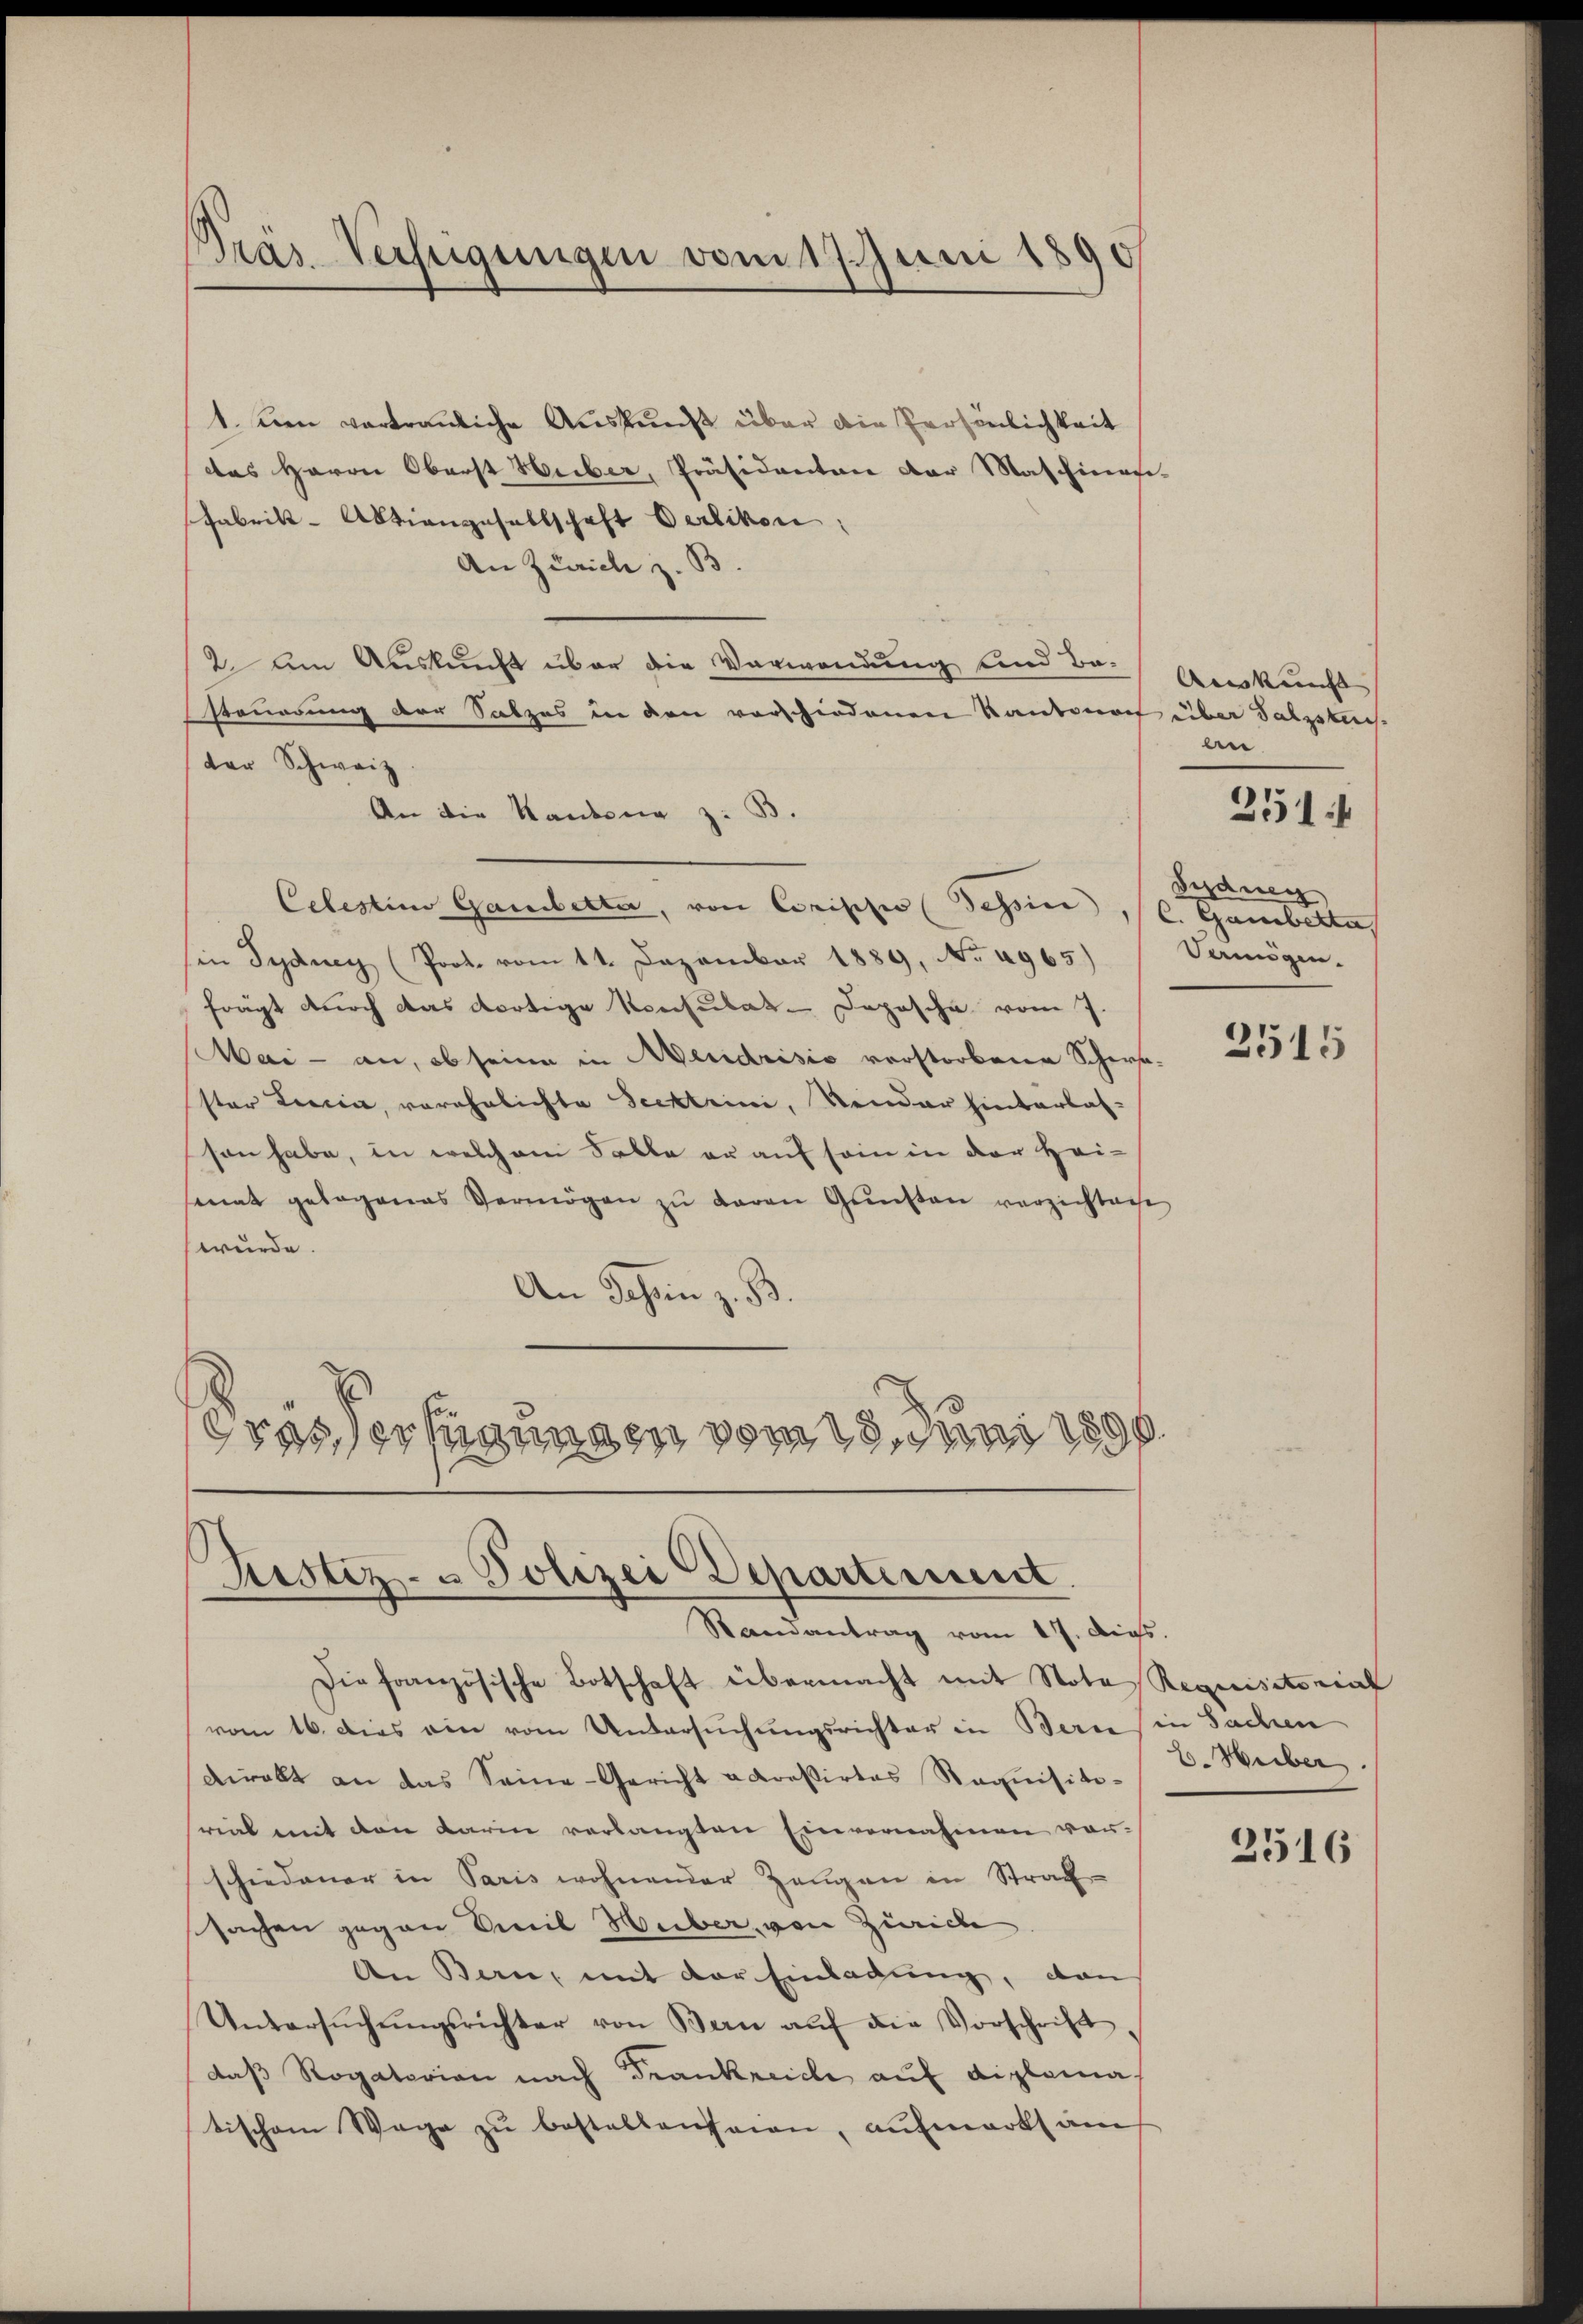
Pras Verfügungen vom 17. Juni 1890

1. Den vertrauliche Auskunft über die Persönlichkeit
des Herrn Oberst Huber, Präsidenten der Maschinasi-
Fabrik- Aktiengesellschaft Oerlikon
An Zürich z. B
2 am Auskunft über die Verwendung und Ba-
steuerung der Satzes in den vorschiedenen Kantonat über Salzstich
der Schweiz.
An die Kantone z. B.
Celestimo Gambetta, von Corische (Schön, (C. Gambettas
in Sydney (Prot. vom 11. Dezember 1889, No 4965) Vermögen.
frägt durch das dortige Konsulat Depesche vom 7.
Mai - an, ob seine in Meridrisis verstorbene Schersster Leccia, verehelichte Seektrini, Sendar hinterlasson habe, in welchem Falle er auf sein in der Heisenat gelegenes Vermögen zŭ daran Gunsten verzichten
wurde.
An Jahren z. B.
Grässerfügungen vom 18. Juni 1890.

Justiz- & Polizei Departement.
Randantrag vom 17. dies.

Die französische Botschaft übermacht mit Note Requisitorial
vom 16. Dies ein vom Untersuchungsrichter in Bern in Sachen
sdirekt an das Seine-Gericht adreßirtes Requisitisrial mit den darin verlangten Einvernahmen vorschiedener in Paris wohnender Zeugen in Straf-
sachen gegen Emil Huber, von Zürich
An Bern, mit der Einladung, dan
Untersŭchŭngsrichter von Bern aŭf die Vorschrift
daß Rogatorian nach Frankreiche auf diploma
tischem Wege zŭ bestellenseien, aufmarkt am

Auskunft
an
Sedung
2515

251 f

E. Huber.
2516